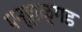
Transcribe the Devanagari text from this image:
पन्हाळ्गड